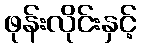
ဖုန်းလိုင်းနှင့်